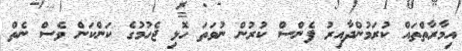
އިމާރާތްތައް ކުރަމުންދާއިރު ފެންސް ކުރުން ނުވަތަ ހޮޅި ޖެހުމުގެ ކަންކަން ވެސް ނެތް